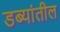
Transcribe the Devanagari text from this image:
डब्यांतील